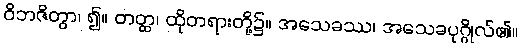
ဝိဘဇိတွာ၊ ၍။ တတ္ထ၊ ထိုတရားတို့၌။ အသေခဿ၊ အသေခပုဂ္ဂိုလ်၏။